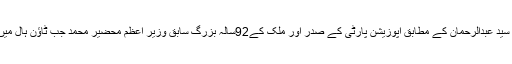
یہاں یہ بات قابل ذکر ہے کہ اپوزیشن پارٹی بیرساتو کی نوجوانوں کی شاخ کے صدر سید صادق سید عبدالرحمان کے مطابق اپوزیشن پارٹی کے صدر اور ملک کے92سالہ بزرگ سابق وزیر اعظم محضیر محمد جب ٹاؤن ہال میں تقریر کررہے تھے، اسی دوران ان پر کئی لوگوں نے جوتے، کرسیاں اور دیگر چیزیں پھینکیں۔